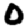
Digit: 0